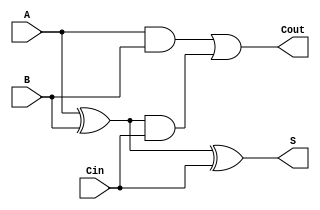
module somador1bt( A, B, Cin, S, Cout);
	input A, B, Cin;
	output S, Cout;
	
	
	wire T1, T2, T3;
	
	
	xor Xor0(T1, A, B);
	xor Xor1 (S, T1, Cin);

	and And0(T2, A, B);
	and And1(T3, T1, Cin);
	
	or Or0(Cout, T2, T3);
	
endmodule